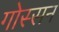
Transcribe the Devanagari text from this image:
गोस्सन